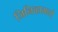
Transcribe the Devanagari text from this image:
जिनिव्हामध्ये